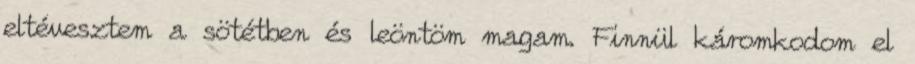
eltévesztem a sötétben és leöntöm magam. Finnül káromkodom el